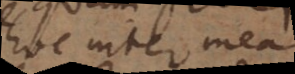
hoc inter mea